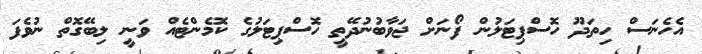
އެހެނަސް ހިތަދޫ ހޮސްޕިޓަލުން ފޯނަށް ޖަވާބުނުދޭތީ ހޮސްޕިޓަލުގެ ކޮމެންޓެއް ވަނީ ލިބޭގޮތް ނުވެފަ